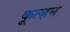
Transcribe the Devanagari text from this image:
कूल्हन